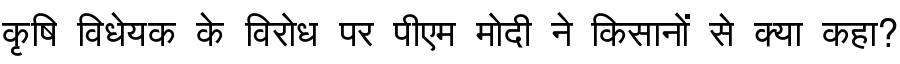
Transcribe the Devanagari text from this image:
कृषि विधेयक के विरोध पर पीएम मोदी ने किसानों से क्या कहा?